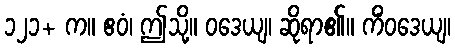
၁၂၁+ က။ ဧဝံ၊ ဤသို့။ ဝဒေယျ၊ ဆိုရာ၏။ ကိံဝဒေယျ၊